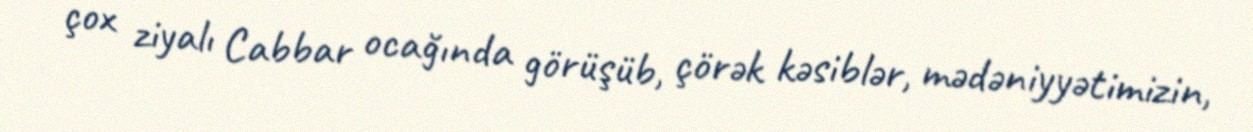
çox ziyalı Cabbar ocağında görüşüb, çörək kəsiblər, mədəniyyətimizin,